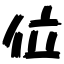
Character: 位